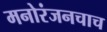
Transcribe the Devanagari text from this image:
मनोरंजनचाच